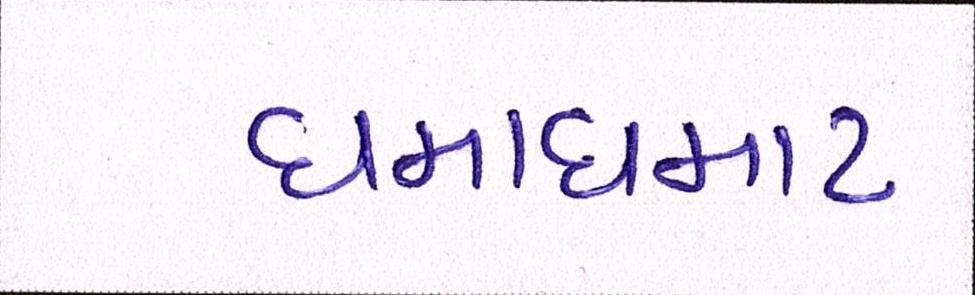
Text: ધમાધમાટ